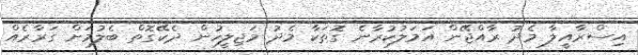
އިސްރާއީލާ މެދު ރާއްޖޭން އަމަލުކުރާނެ ގޮތަކާ މެދު މަޖިލީހުން ދެކޭގޮތް ބެލުމަށް ގަރާރެއް